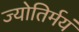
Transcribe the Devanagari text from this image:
ज्योतिर्मयं